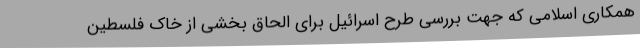
همکاری اسلامی که جهت بررسی طرح اسرائیل برای الحاق بخشی از خاک فلسطین